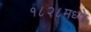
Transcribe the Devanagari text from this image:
१८२८मध्ये